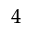
^ { 4 }